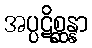
အပ္ပဋိစ္ဆန္နာ